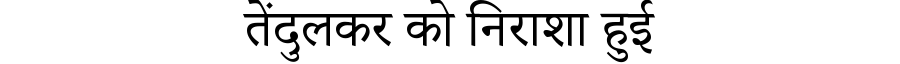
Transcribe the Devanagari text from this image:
तेंदुलकर को निराशा हुई